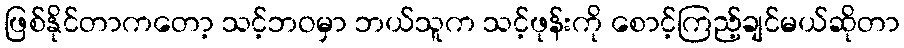
ဖြစ်နိုင်တာကတော့ သင့်ဘဝမှာ ဘယ်သူက သင့်ဖုန်းကို စောင့်ကြည့်ချင်မယ်ဆိုတာ